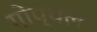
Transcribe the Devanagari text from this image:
गोप्थल